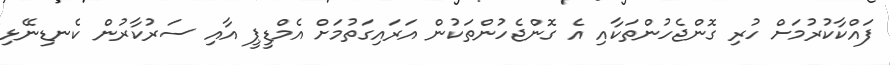
ފައްކާކުރުމަށް ހުރި ގޮންޖެހުންތަކާއި އެ ގޮންޖެހުންތަކުން އަރައިގަތުމަށް އެމްޑީޕީ އާއި ސަރުކާރުން ކެނޑިނޭޅި